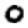
Digit: 0